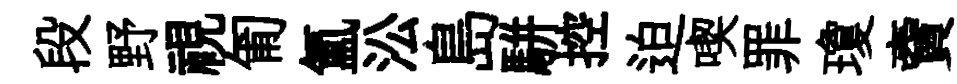
段野視匍氳㳂島駢控迫喫罪瓊𧶠